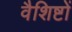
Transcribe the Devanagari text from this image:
वैशिष्टों